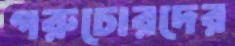
গরুচোরদের